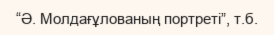
“Ә. Молдағұлованың портреті”, т.б.